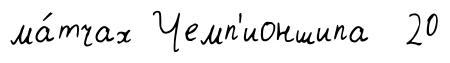
ма́тчах Чемп'ионшипа 20